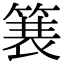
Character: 𫞽